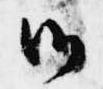
御